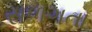
સળગતા